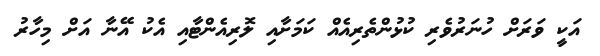
އަކީ ވަރަށް ހުނަރުވެރި ކުޅުންތެރިއެއް ކަމަށާއި ލޮރިއެންޓާއި އެކު އޭނާ އަށް މިހާރު